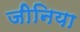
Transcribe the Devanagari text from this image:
जीनिया